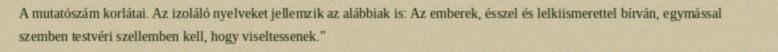
A mutatószám korlátai. Az izoláló nyelveket jellemzik az alábbiak is: Az emberek, ésszel és lelkiismerettel bírván, egymással szemben testvéri szellemben kell, hogy viseltessenek."